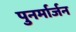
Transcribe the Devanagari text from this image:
पुनर्मार्जन